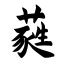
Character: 蕤